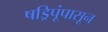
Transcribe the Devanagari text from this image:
षड्रिपूंपासून